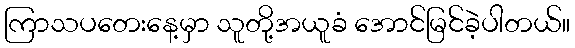
ကြာသပတေးနေ့မှာ သူတို့အယူခံ အောင်မြင်ခဲ့ပါတယ်။